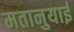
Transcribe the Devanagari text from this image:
मतानुयाई